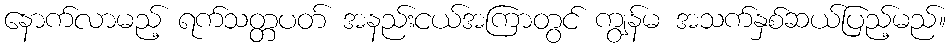
နောက်လာမည့် ရက်သတ္တပတ် အနည်းငယ်အကြာတွင် ကျွန်မ အသက်နှစ်ဆယ်ပြည့်မည်။